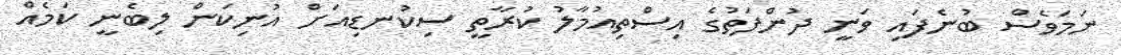
ނަމަވެސް ބުނެފައި ވަނީ ދުންފަތުގެ އިސްތިއުމާލު ކުރާތީ ސިކުނޑިއަށް އުނިކަން ލިބެނީ ކަމެއް